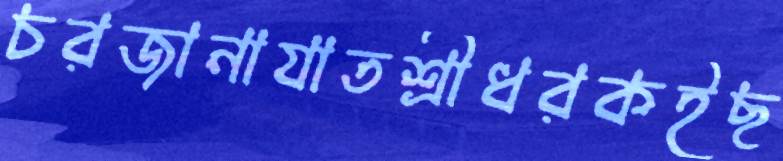
চরজানাযাতশ্রীধরকইছ